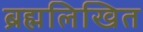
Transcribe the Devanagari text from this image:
ब्रह्मलिखित